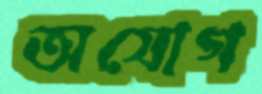
অযোগ